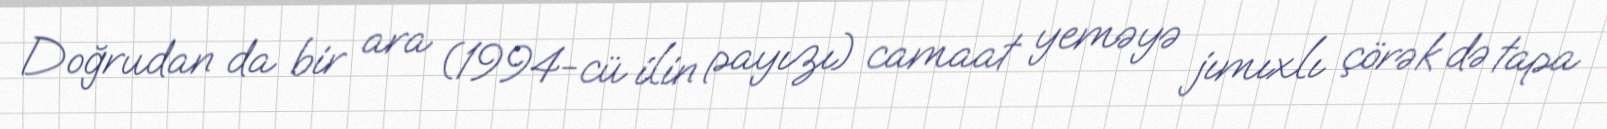
Doğrudan da bir ara (1994-cü ilin payızı) camaat yeməyə jımıxlı çörək də tapa